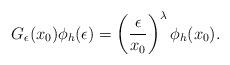
LaTeX: \begin{align*}G_\epsilon(x_0)\phi_h (\epsilon) = \left({\epsilon \over x_0} \right)^\lambda \phi_h(x_0).\end{align*}